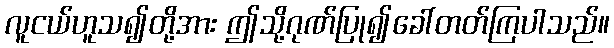
လူငယ်ဟူသ၍တို့အား ဤသို့ဂုဏ်ပြု၍ခေါ်တတ်ကြပါသည်။